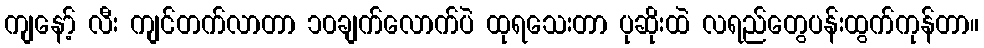
ကျနော့် လီး ကျင်တက်လာတာ ၁၀ချက်လောက်ပဲ ထုရသေးတာ ပုဆိုးထဲ လရည်တွေပန်းထွက်ကုန်တာ။